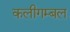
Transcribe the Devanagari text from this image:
कलीगम्बल